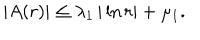
| A ( r ) | \le \lambda _ { 1 } \, | \ln r | + \mu _ { 1 } .